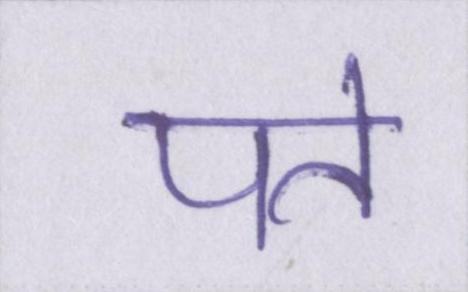
पते